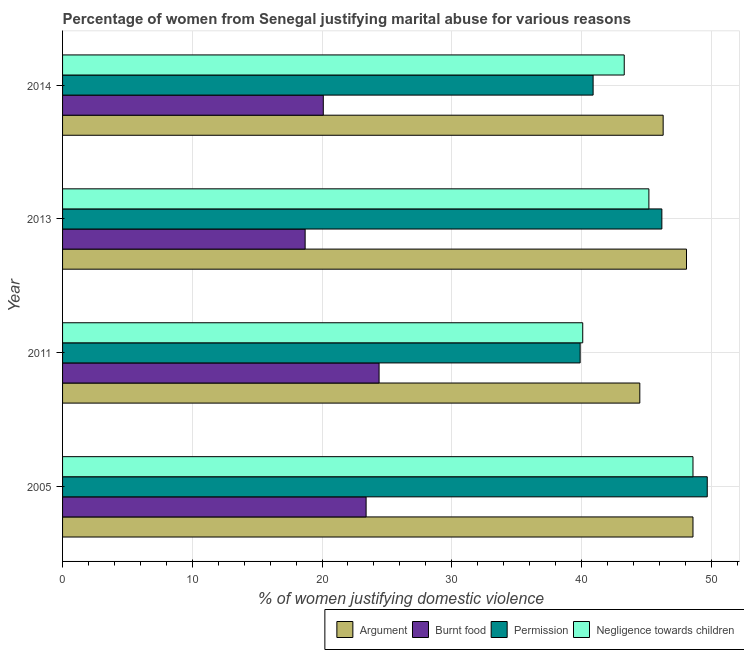
| Year | Argument | Burnt food | Permission | Negligence towards children |
 | --- | --- | --- | --- | --- |
 | 2005 | 48.6 | 23.4 | 49.7 | 48.6 |
 | 2011 | 44.5 | 24.4 | 39.9 | 40.1 |
 | 2013 | 48.1 | 18.7 | 46.2 | 45.2 |
 | 2014 | 46.3 | 20.1 | 40.9 | 43.3 |